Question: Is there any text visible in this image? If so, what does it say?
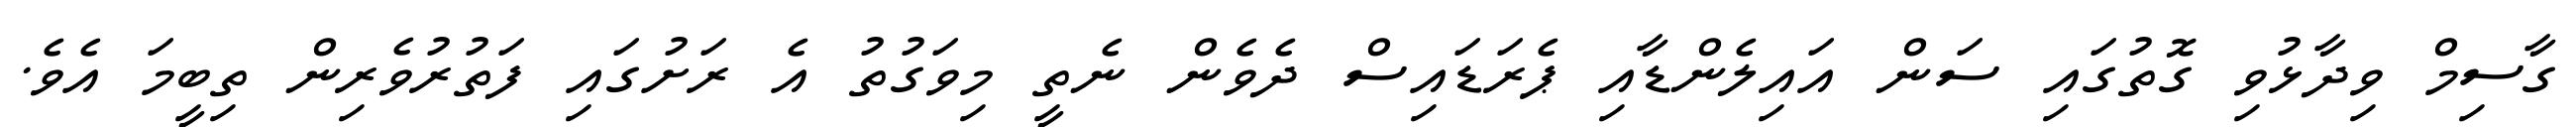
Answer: ގާސިމް ވިދާޅުވި ގޮތުގައި ސަން އައިލެންޑާއި ޕެރަޑައިސް ދެވެން ނެތީ މިވަގުތު އެ ރަށުގައި ފަތުރުވެރިން ތިބީމަ އެވެ.